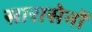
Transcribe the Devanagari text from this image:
सारासेनों